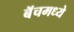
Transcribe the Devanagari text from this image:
बॅचमध्ये